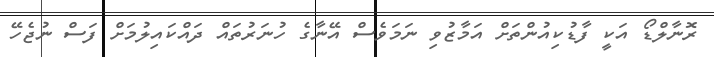
ރޮނާލްޑޯ އަކީ ފާޑުކިއުންތަށް އަމާޒުވި ނަމަވެސް އޭނާގެ ހުނަރުތައް ދައްކައިލުމަށް ފަސް ނުޖެހޭ